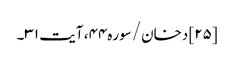
[۲۵] دخان/سوره۴۴، آیت ۳۱۔